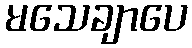
မသေချာပေ